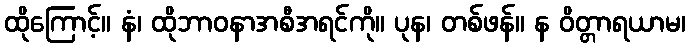
ထိုကြောင့်။ နံ၊ ထိုဘာဝနာအစီအရင်ကို။ ပုန၊ တစ်ဖန်။ န ဝိတ္တာရယာမ၊